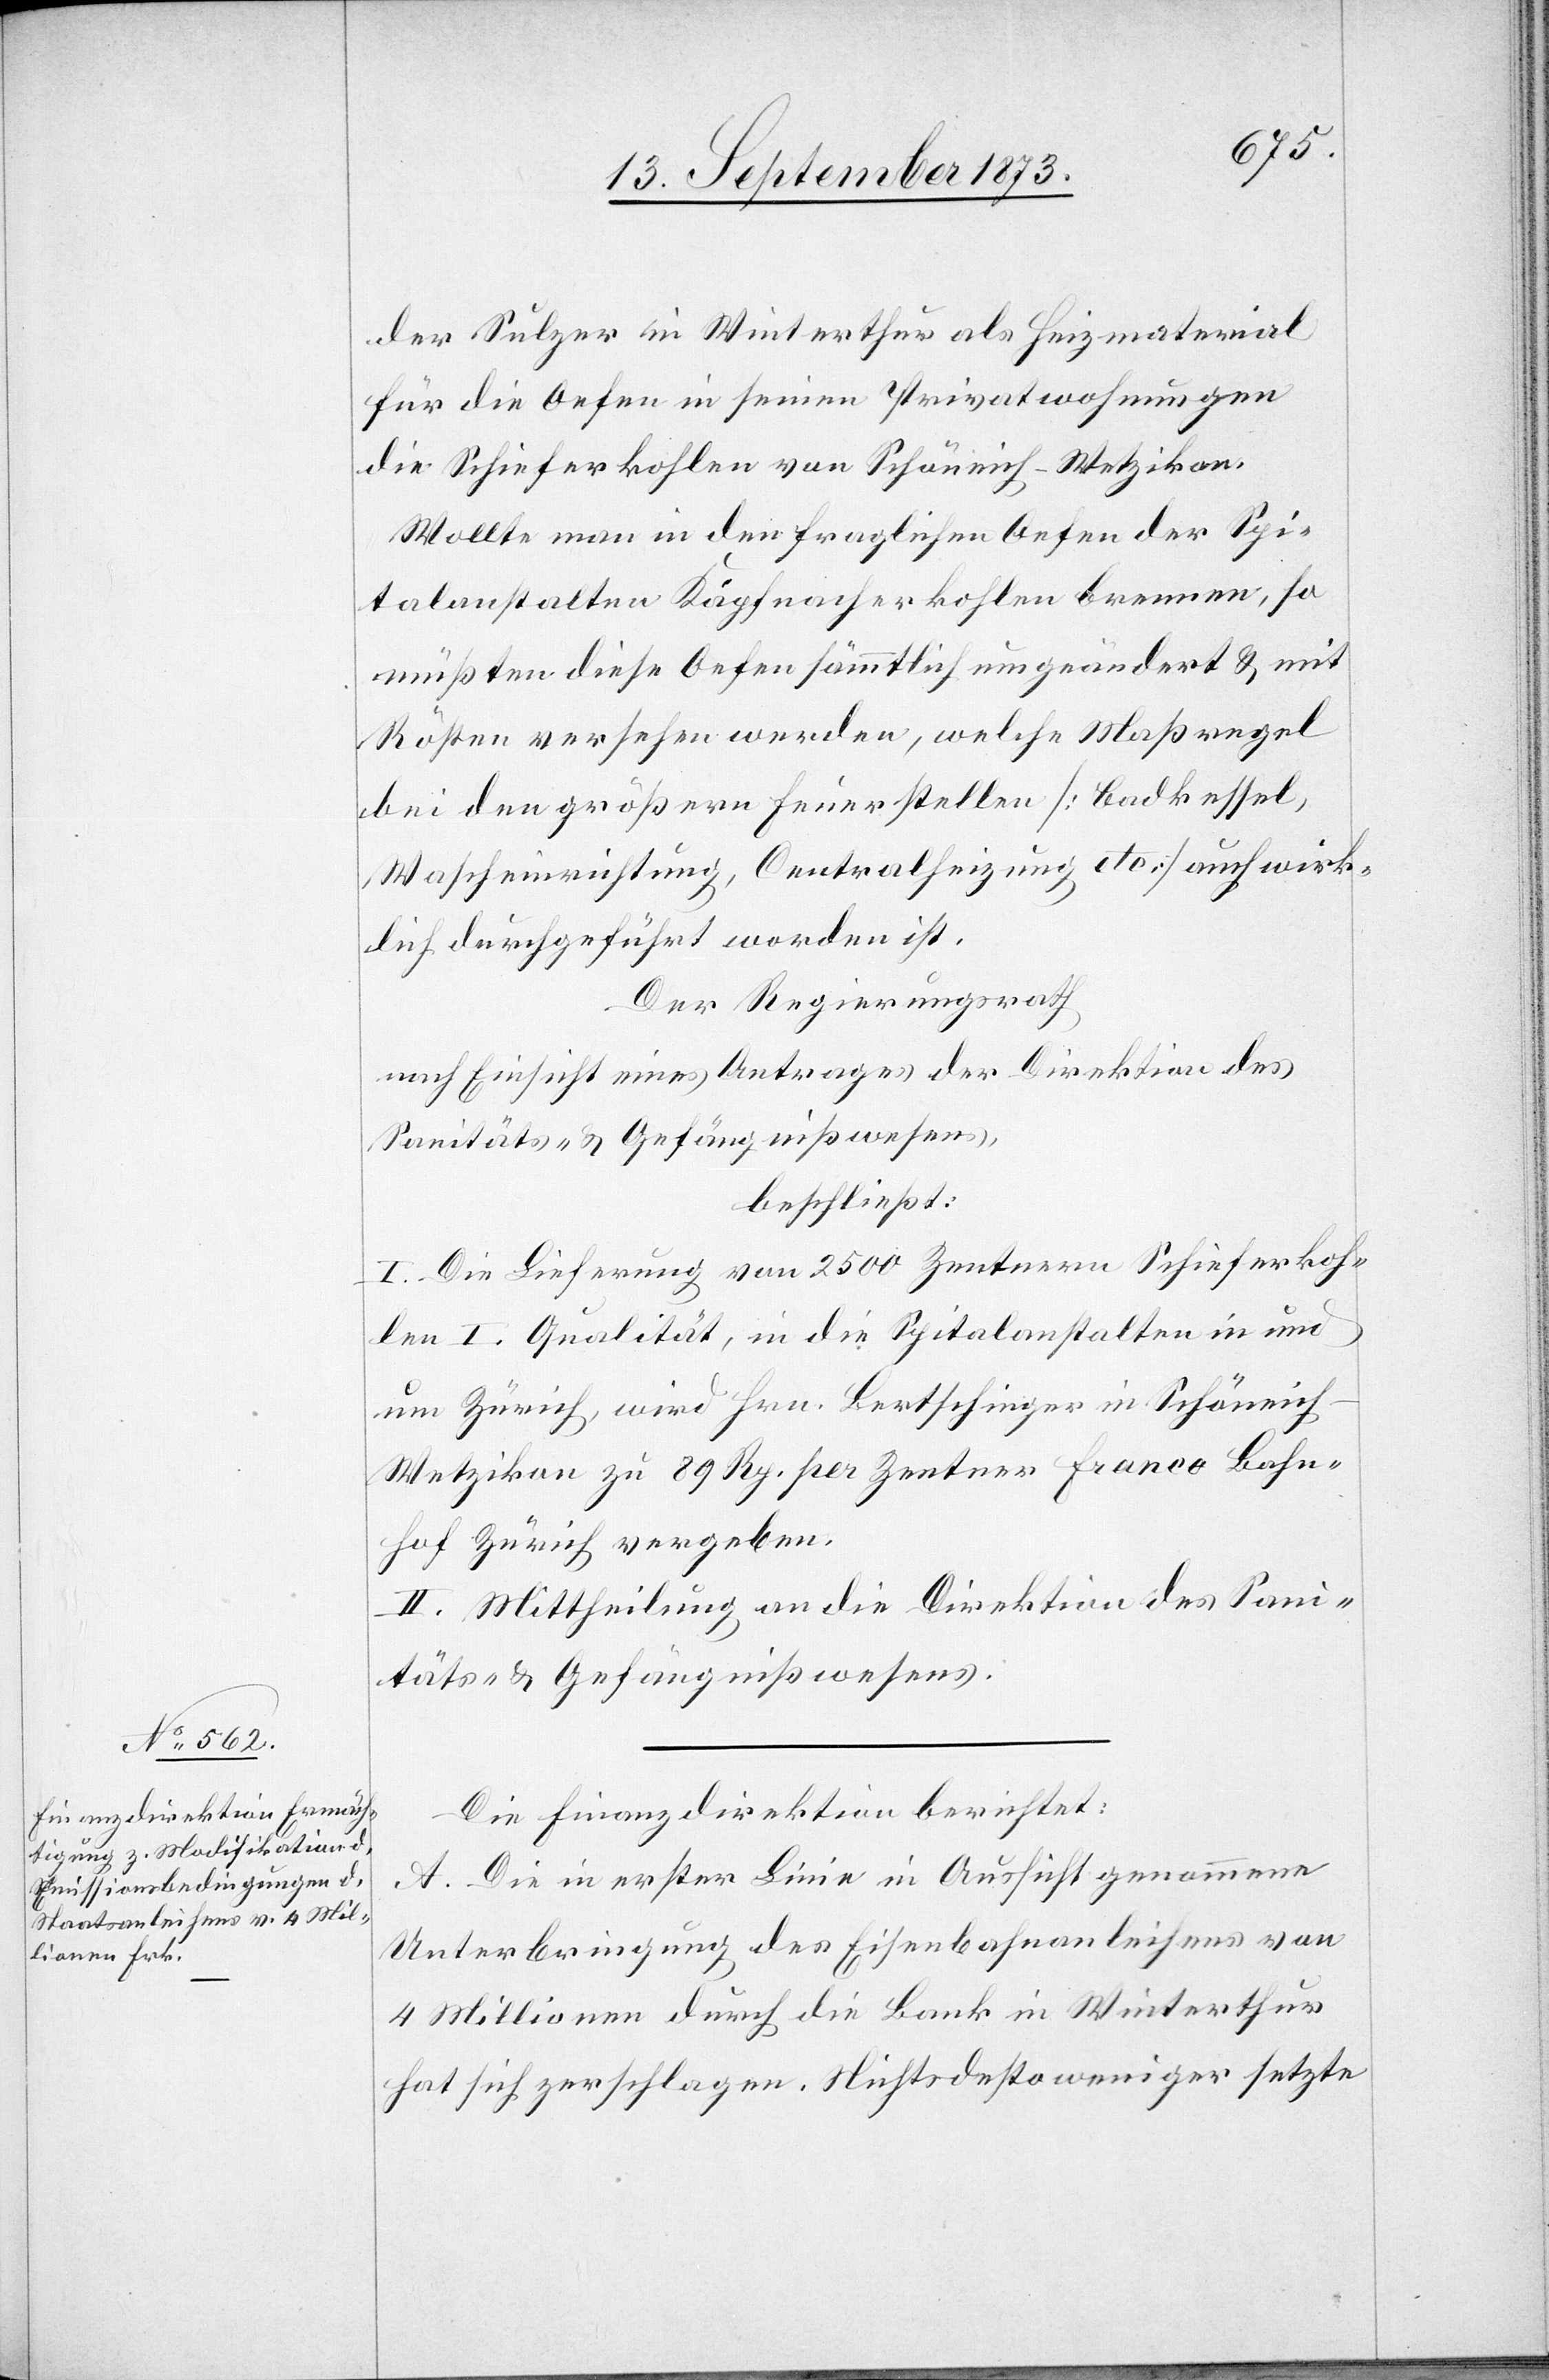
der Sulzer in Winterthur als Heizmaterial
für die Oefen in seinen Privatwohnungen
die Schieferkohlen von Schöneich-Wetzikon.
Wollte man in den fraglichen Oefen der Spi¬
talanstalten Käpfnacherkohlen brennen, so
müßten diese Oefen sämmtlich umgeändert & mit
Rösten versehen werden, welche Maßregel
bei den größern Feuerstellen [Badkessel,
Wascheinrichtung, Centralheizung etc.] auch wirk¬
lich durchgeführt worden ist.
Der Regierungsrath
nach Einsicht eines Antrages der Direktion des
Sanitäts- & Gefängnißwesens,
beschließt:
I. Die Lieferung von 2 500 Zentnern Schieferkoh¬
len I. Qualität, in die Spitalanstalten in und
um Zürich, wird Hrn. Bertschinger in Schöneich-W¬
etzikon zu 89 Rp. per Zentner Franco Bahn¬
hof Zürich vergeben.
II. Mittheilung an die Direktion des Sani¬
täts- & Gefängnißwesens.
Die Finanzdirektion berichtet:
A. Die in erster Linie in Aussicht genommene
Unterbringung des Eisenbahnanleihens von
4 Millionen durch die Bank in Winterthur
hat sich zerschlagen. Nichtsdesto weniger setzte